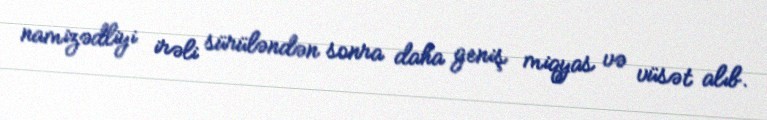
namizədliyi irəli sürüləndən sonra daha geniş miqyas və vüsət alıb.